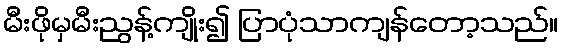
မီးဖိုမှမီးညွန့်ကျိုး၍ ပြာပုံသာကျန်တော့သည်။